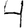
Digit: 4